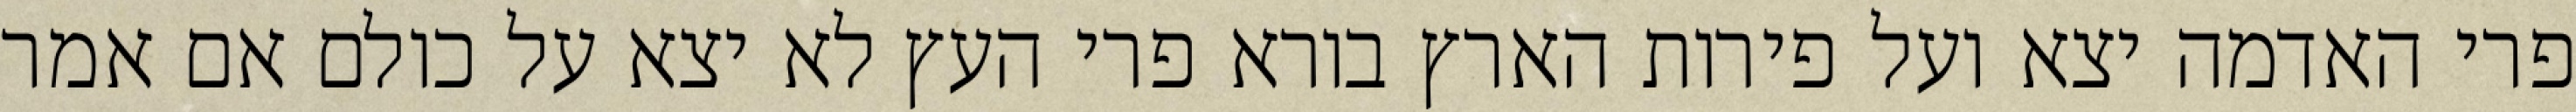
פרי האדמה יצא ועל פירות הארץ בורא פרי העץ לא יצא על כולם אם אמר